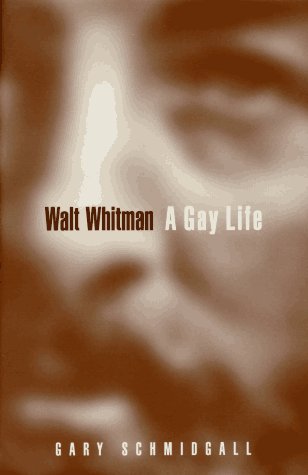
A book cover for Walt Whitman: A Gay Life; Gary Schmidgall; Gay & Lesbian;